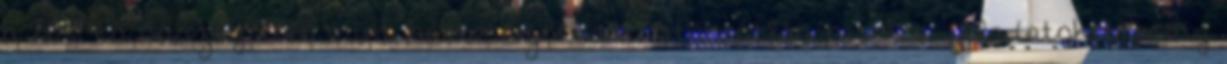
a 2010-es összeg több mint háromszorosát, utánpótlás-nevelési feladatokra pedig